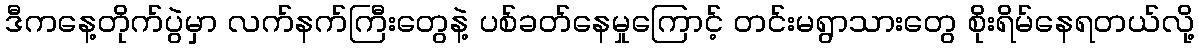
ဒီကနေ့တိုက်ပွဲမှာ လက်နက်ကြီးတွေနဲ့ ပစ်ခတ်နေမှုကြောင့် တင်းမရွာသားတွေ စိုးရိမ်နေရတယ်လို့